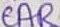
Text: CAR